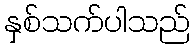
နှစ်သက်ပါသည်